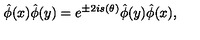
\hat { \phi } ( x ) \hat { \phi } ( y ) = e ^ { \pm 2 i s ( \theta ) } \hat { \phi } ( y ) \hat { \phi } ( x ) ,